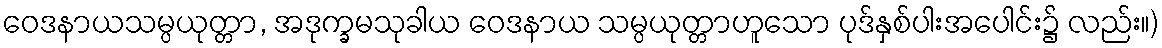
ဝေဒနာယသမ္ပယုတ္တာ, အဒုက္ခမသုခါယ ဝေဒနာယ သမ္ပယုတ္တာဟူသော ပုဒ်နှစ်ပါးအပေါင်း၌ လည်း။)